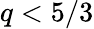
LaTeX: q<5/3